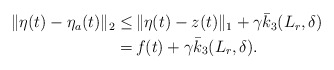
\begin{align*}\begin{aligned}\|\eta(t)-\eta_a(t)\|_2 \le &\, \|\eta(t)-z(t)\|_1 +\gamma \bar{k}_3(L_r,\delta) \\= &\, f(t) +\gamma \bar{k}_3(L_r,\delta).\end{aligned}\end{align*}